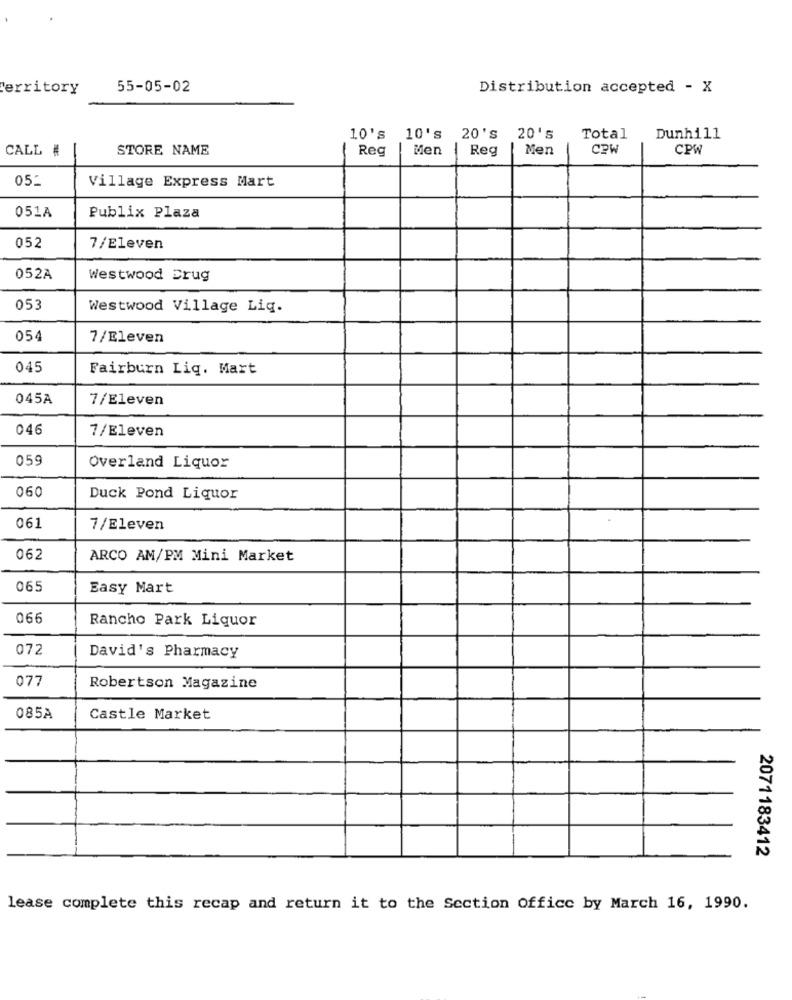
Territory
55-05-02
Distribution accepted - X
10's
10's 20's 20's
Total
Dunhill
CALL #
STORE NAME
Reg
Men
Reg
Men
CPW
CPW
05.
Village Express Mart
051A
Publix Plaza
052
7/Eleven
052A
Westwood Drug
053
Westwood Village Liq.
054
7/Eleven
045
Fairburn Liq. Mart
045A
7/Eleven
046
7/Eleven
059
Overland Liquor
060
Duck Pond Liquor
061
7/Eleven
062
ARCO AM/PM Mini Market
065
Easy Mart
066
Rancho Park Liquor
072
David's Pharmacy
077
Robertson Magazine
085A
Castle Market
2071183412
lease complete this recap and return it to the Section office by March 16, 1990.